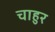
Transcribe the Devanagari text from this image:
चाहुर